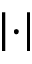
\left| \cdot \right|